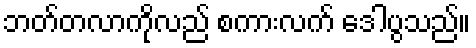
ဘတ်တလာကိုလည် စကားလက် ဒေါပွသည်။